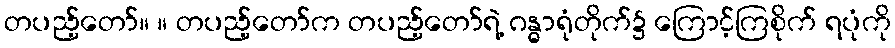
တပည့်တော်။ ။ တပည့်တော်က တပည့်တော်ရဲ့ ဂန္ဓာရုံတိုက်၌ ကြောင့်ကြစိုက် ရပုံကို